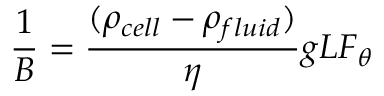
\frac { 1 } { B } = \frac { ( \rho _ { c e l l } - \rho _ { f l u i d } ) } { \eta } g L F _ { \theta }